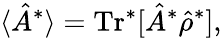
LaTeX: \langle\hat{A}^{*}\rangle=\textrm{Tr}^{*}[\hat{A}^{*}\hat{\rho}^{*}],